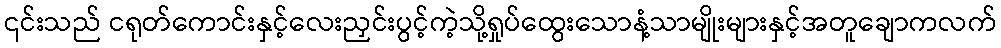
၎င်းသည် ငရုတ်ကောင်းနှင့်လေးညှင်းပွင့်ကဲ့သို့ရှုပ်ထွေးသောနံ့သာမျိုးများနှင့်အတူချောကလက်